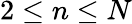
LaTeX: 2\le n\le N